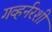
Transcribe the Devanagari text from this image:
गव्हर्नरशी